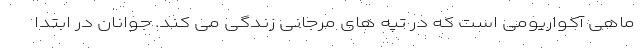
ماهی آکواریومی است که در تپه های مرجانی زندگی می کند. جوانان در ابتدا